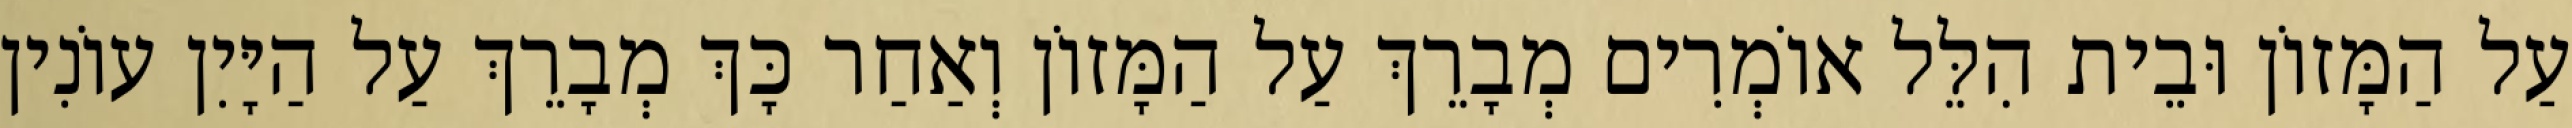
עַל הַמָּזוֹן וּבֵית הִלֵּל אוֹמְרִים מְבָרֵךְ עַל הַמָּזוֹן וְאַחַר כָּךְ מְבָרֵךְ עַל הַיָּיִן עוֹנִין